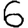
Digit: 6